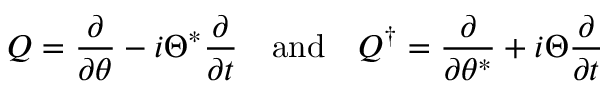
Q = { \frac { \partial } { \partial \theta } } - i \Theta ^ { * } { \frac { \partial } { \partial t } } \quad { \mathrm { a n d } } \quad Q ^ { \dagger } = { \frac { \partial } { \partial \theta ^ { * } } } + i \Theta { \frac { \partial } { \partial t } }